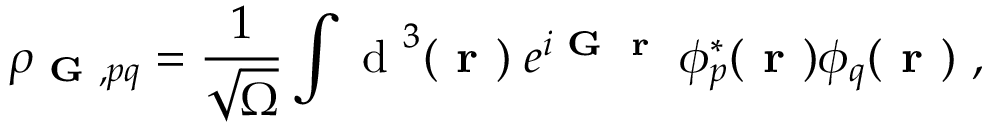
\rho _ { \textbf { G } , p q } = \frac { 1 } { \sqrt { \Omega } } \int \mathrm { ~ d ~ } ^ { 3 } ( \textbf { r } ) \; e ^ { i \textbf { G } \textbf { r } } \; \phi _ { p } ^ { * } ( \textbf { r } ) \phi _ { q } ( \textbf { r } ) ~ ,